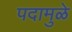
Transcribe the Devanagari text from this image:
पदामुळे